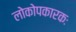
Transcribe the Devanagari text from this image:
लोकोपकारकः